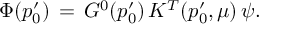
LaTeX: \Phi ( p _ { 0 } ^ { \prime } ) \, = \, G ^ { 0 } ( p _ { 0 } ^ { \prime } ) \, K ^ { T } ( p _ { 0 } ^ { \prime } , \mu ) \, \psi .